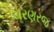
ચરણરજ